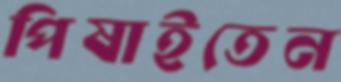
পিষাইতেন